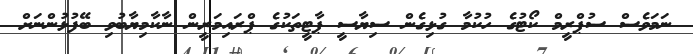
ނަަމަވެސް ސުޕްރީމް ކޯޓުގެ ހުކުމާ ގުޅިގެން ސިޔާސީ ޕާޓީތަކުގެ ޕްރައިމަރީން ނާކާމިޔާބުވި ބޭފުޅުންނަށް